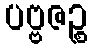
ပဗ္ဗဇဉ္စ